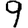
Digit: 9